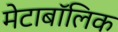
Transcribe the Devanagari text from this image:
मेटाबॉलिक